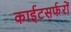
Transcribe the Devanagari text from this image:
काईटसर्फरों